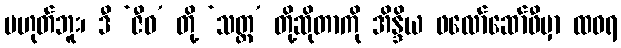
မဟုတ်ဘူး၊ ဒီ ‘ဇီဝ’ တို့ ‘သတ္တ’ တို့ဆိုတာကို အိန္ဒိယ ဖလော်ဆော်ဖီမှာ ထဝရ